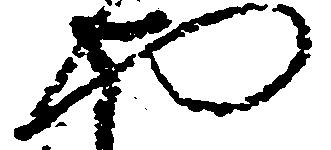
や